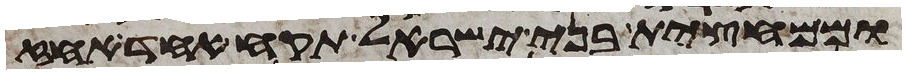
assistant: וממחצית בני ישראל תקח אחד אחז